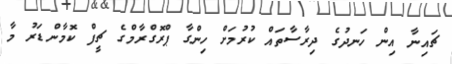
ޗައިނާ އިން ހަނދުގެ ދިރާސާތައް ކުރުމަށް ހިންގާ ޕްރޮގްރާމްގެ ޗީފް ކޮމާންޑަރު މާ